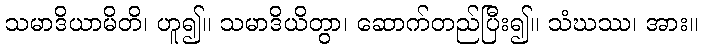
သမာဒိယာမိတိ၊ ဟူ၍။ သမာဒိယိတွာ၊ ဆောက်တည်ပြီး၍။ သံဃဿ၊ အား။